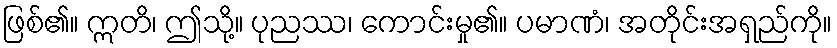
ဖြစ်၏။ ဣတိ၊ ဤသို့။ ပုညဿ၊ ကောင်းမှု၏။ ပမာဏံ၊ အတိုင်းအရှည်ကို။